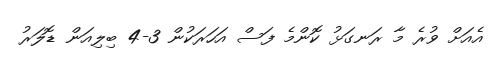
އެއަށް ވުރެ މާ ރަނގަޅު ކޮންމެ ފަސް އަހަރަކުން 3-4 ބިލިއަން ޑޮލަރު